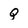
Character: Q